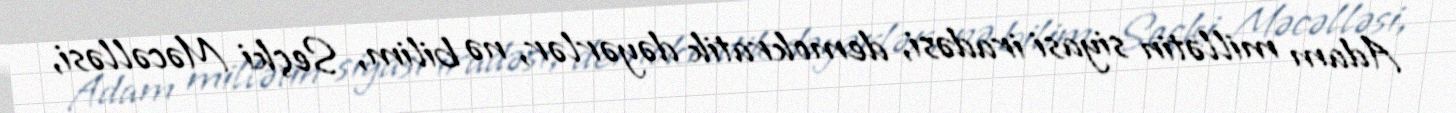
Adam millətin siyasi iradəsi, demokratik dəyərlər, nə bilim, Seçki Məcəlləsi,